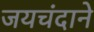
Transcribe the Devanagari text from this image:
जयचंदाने